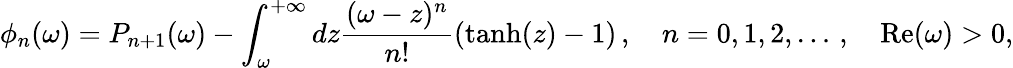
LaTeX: \phi_{n}(\omega)=P_{n+1}(\omega)-\int_{\omega}^{+\infty}dz\frac{(\omega-z)^{n}}{n!}\left(\operatorname{tanh}(z)-1\right)\, ,\quad n=0,1,2,\dots\, ,\quad\mathrm{Re}(\omega)>0,